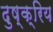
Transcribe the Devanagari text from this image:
दुष्क्रिय